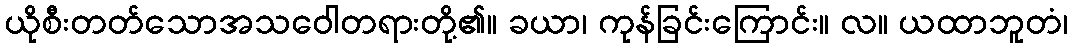
ယိုစီးတတ်သောအသဝေါတရားတို့၏။ ခယာ၊ ကုန်ခြင်းကြောင်း။ လ။ ယထာဘူတံ၊